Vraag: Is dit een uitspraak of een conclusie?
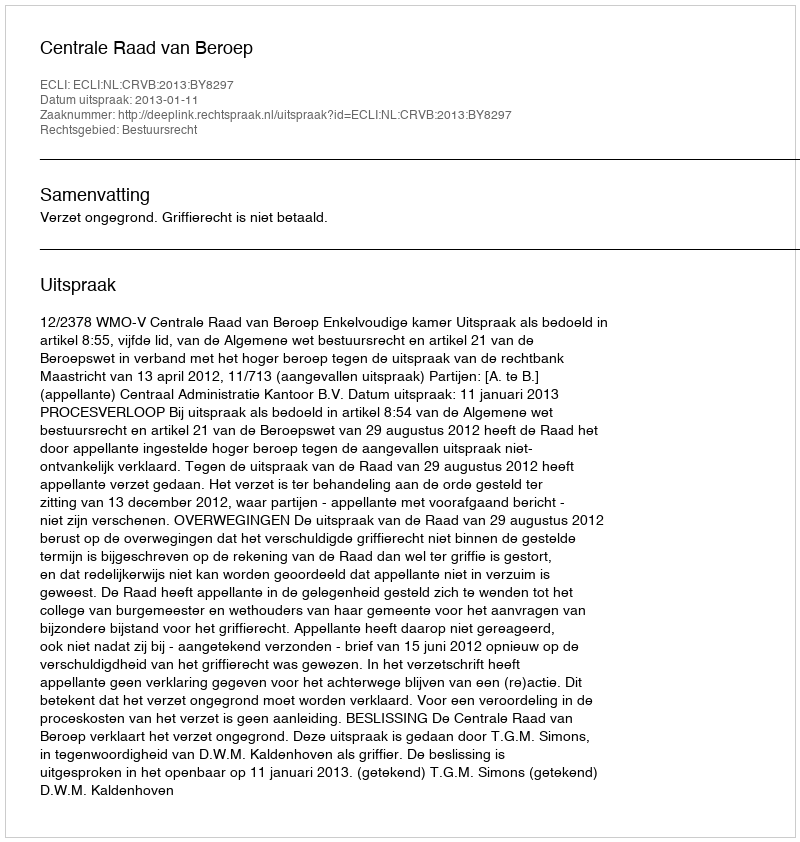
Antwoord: Uitspraak